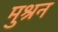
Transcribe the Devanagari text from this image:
मुश्रन